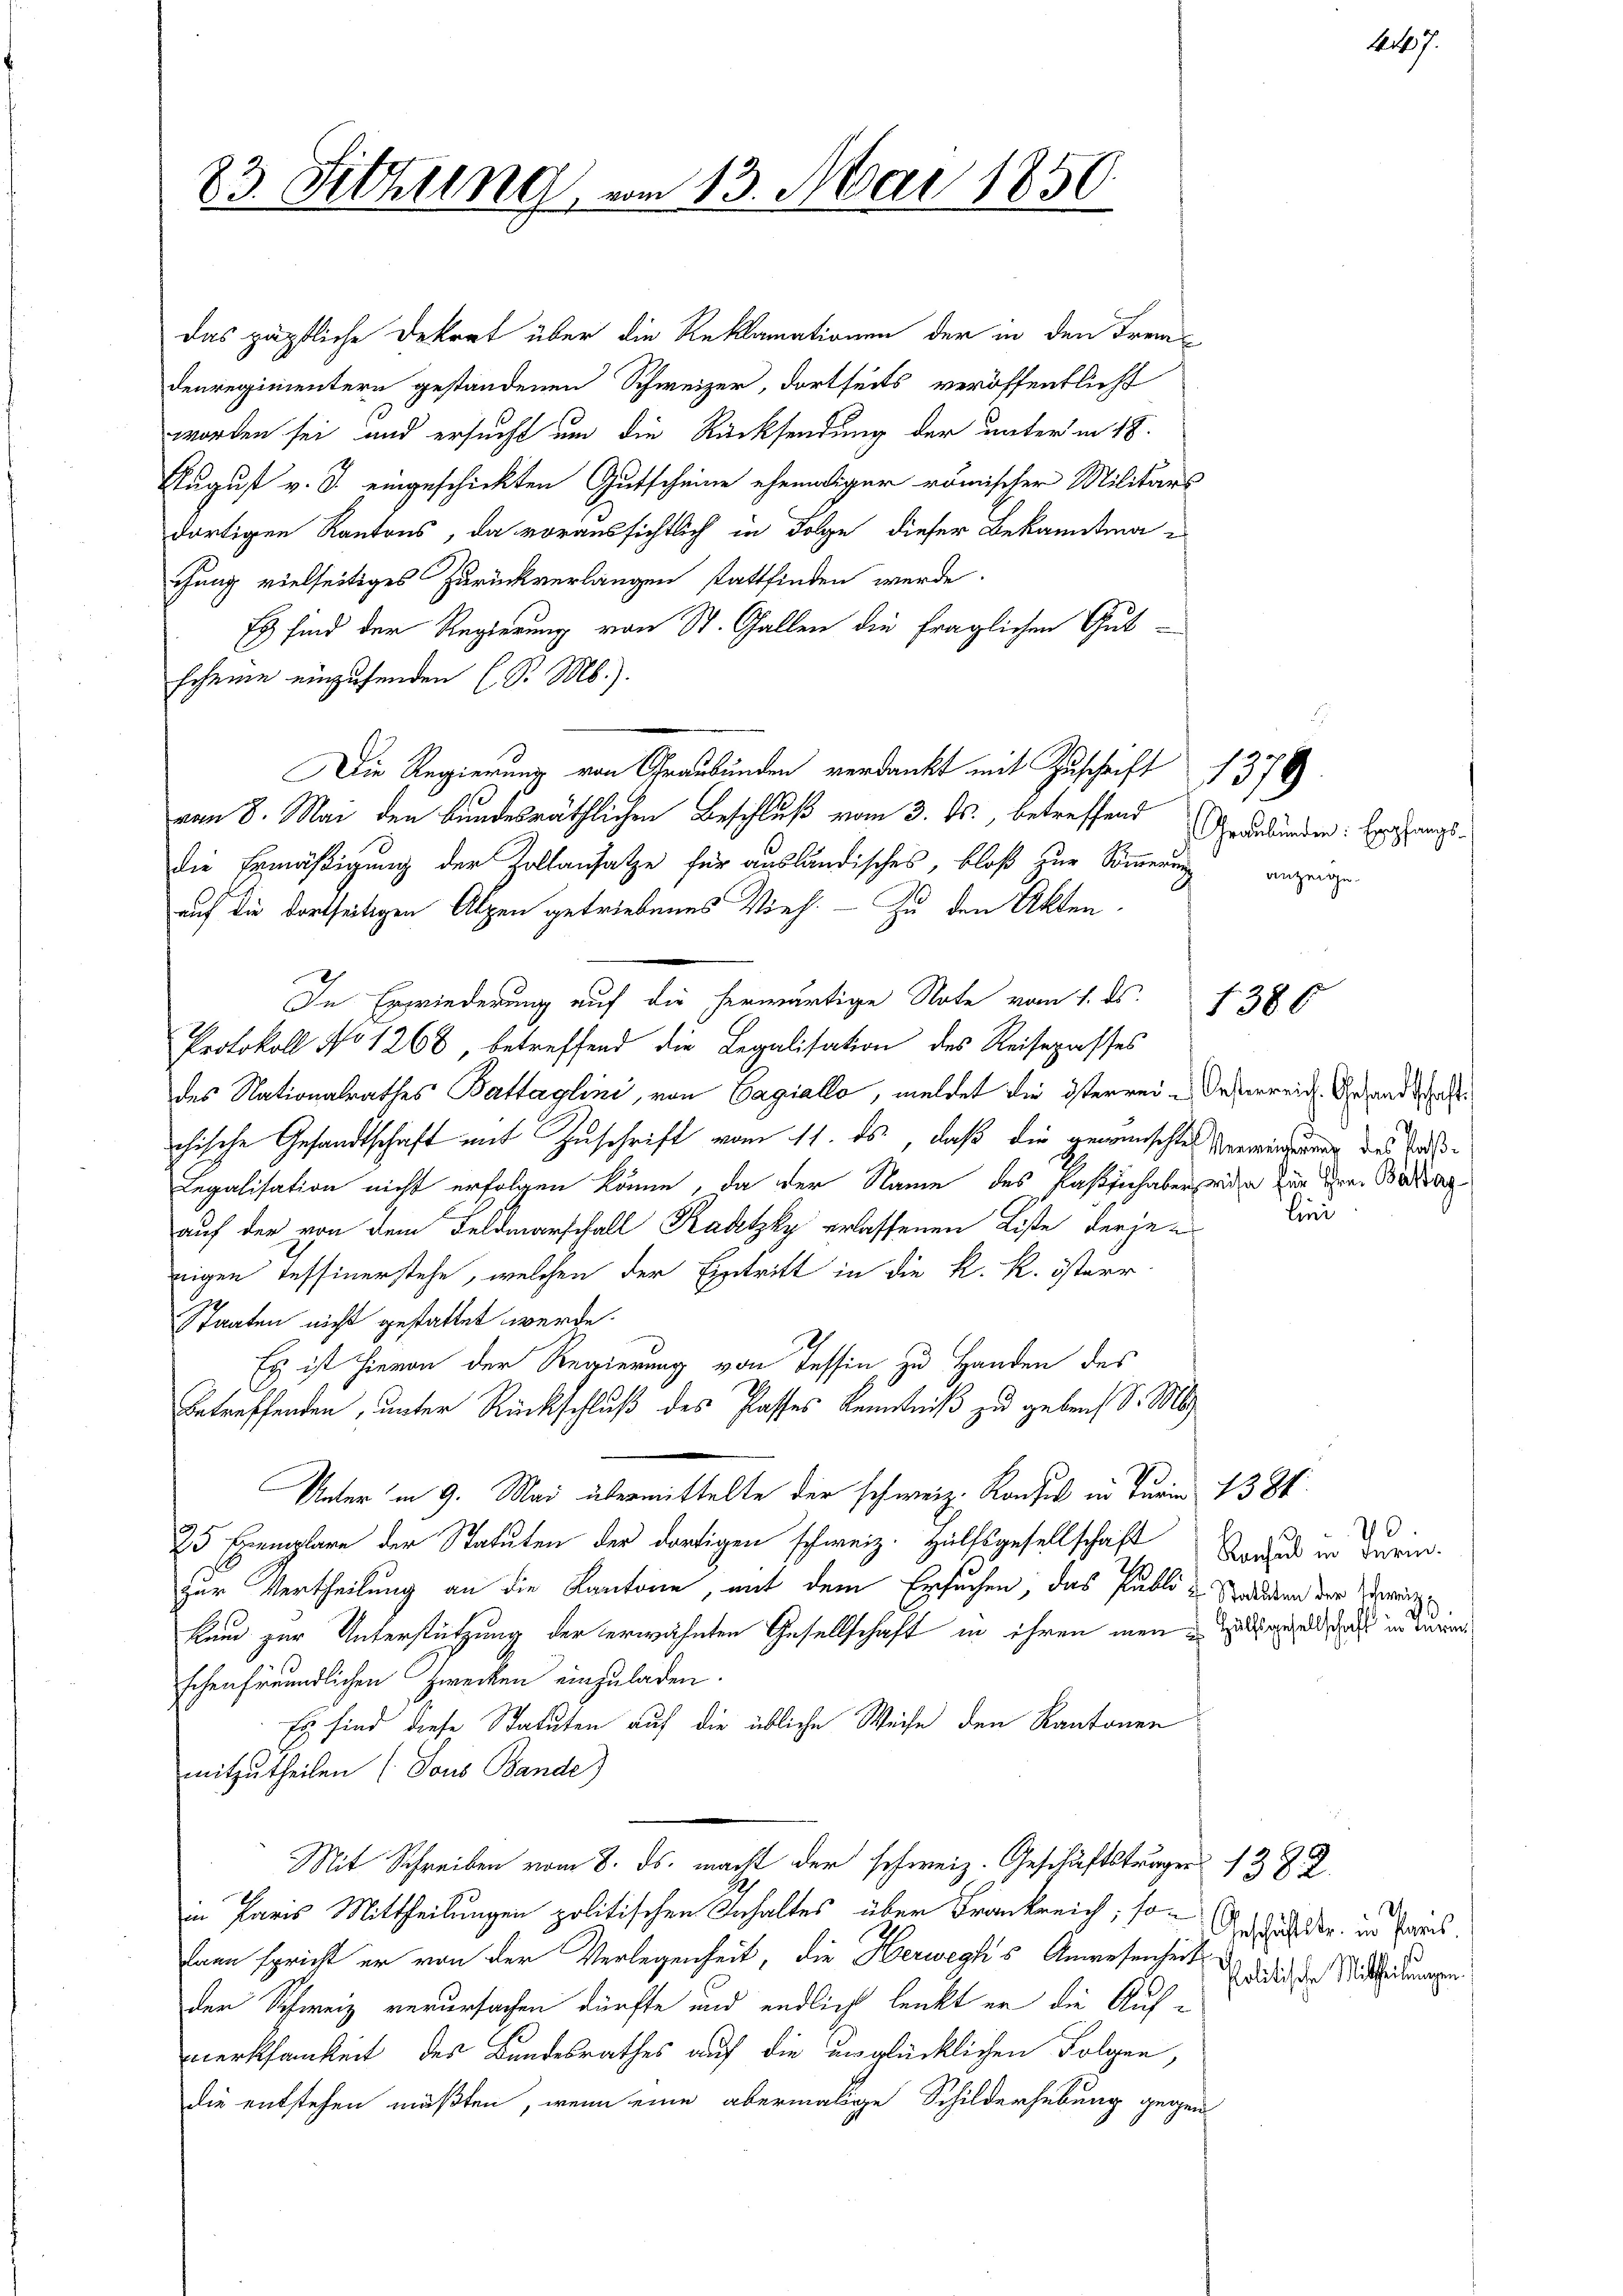
das päpstliche Dekret über die Reklamationen der in den Fremdenregimentern gestandenen Schweizer, dortseits veröffentlicht
worden sei und ersucht um die Rücksendung der unterm 18.
August v. J. eingeschickten Gutscheine ehemaliger römischer Militärs
dortigen Kantons, da voraussichtlich in Folge dieser Bekanntmachung vielseitiges Zurückverlangen stattfinden werde.
Es sind der Regierung von St. Gallen die fraglichen Gutscheine einzusenden (S. M.).
Die Regierung von Graubünden verdankt mit Zuschrift
vom 8. Mai den bundesräthlichen Beschluß vom 3. ds., betreffend
die Ermäßigung der Zollansatze für ausländisches, bloß zur Sommerung anzeigen
auf die dortseitigen Alpen getriebenes Vieh. — Zu den Akten.
In Erwiederung auf die herwärtige Note vom 1. ds. 1386
Protokoll No 1268, betreffend die Legalisation des Reisepasses
des Nationalrathes Battaglini, von Gagiallo, meldet die österrein desserreich. Gesandtschaftchische Gesandtschaft mit Zuschrift vom 11. ds, daß die gewünschtes Verwindung des Ta¬
Legalisation nicht erfolgen könne, da der Name des Kassich aber wiche zur Seren Betrag
auf der von dem Feldmarschall Kaktzky erlassenen Liste derjen
zeigen Tessinerstehe, welchen der Eintritt in die k. k. österr
Staaten nicht gestattet werde.
Es ist hievon der Regierung von Tessin, zu Handen des
Betreffenden, unter Rückschluß des Passes Kenntniß zu geben S. Ms.
Unter in 9. Mai übermittelte der schweiz. Konzes in Turin 138.
25 Exemplare der Statuten der dortigen schweiz. Hülfsgesellschaft
zur Vertheilung an die Kantone, mit dem Ersuchen, das Publi u. Grunden der Vereig¬
Kund zur Unterstützung der erwähnten Gesellschaft in ihren man zu angeld, daß in dur
schenfreundlichen Zwecken einzuladen.
Es sind diese Statuten auf die übliche Weise den Kantonen
mitzutheilen (Tous Bande)
Mit Schreiben vom 8. ds. macht der schweiz. Geschäftsträger 13 J. J.
in Paris Mittheilungen politischen Inhaltes über Frankreich, so Angedecke in Paris.
dann spricht er von der Verlegenheit, die Herwegki's Anwesenheit
der Schweiz verursachen dürfte und endlich lenkt er die Aufmerksamkeit des Bundesrathes auf die unglücklichen Folgen,
die entstehen müßten, wenn eine abermalige Schilderhebung gegen

83. Setzung vom 13. Mai 1850.

1379
Graubünden: Empfangs-

bit 7.

lini

40.
Konsul in Turm.
d

Politische Mitheilungen